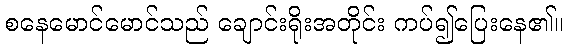
စနေမောင်မောင်သည် ချောင်းရိုးအတိုင်း ကပ်၍ပြေးနေ၏။